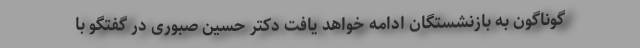
گوناگون به بازنشستگان ادامه خواهد یافت دکتر حسین صبوری در گفتگو با